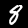
Digit: 8